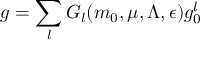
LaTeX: g = \sum _ { l } G _ { l } ( m _ { 0 } , \mu , \Lambda , \epsilon ) g _ { 0 } ^ { l }